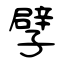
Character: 孹